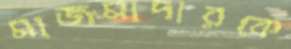
মাজমাদারকে